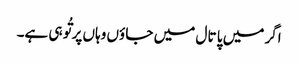
اگر میں پا تا ل میں جا ؤں وہاں پر تُو ہی ہے۔